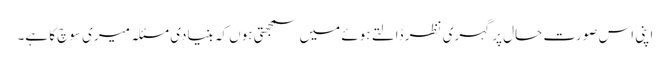
اپنی اس صورتِ حال پر گہری نظر ڈالتے ہوئے میں سمجھتی ہوں کہ بنیادی مسئلہ میری سوچ کا ہے۔